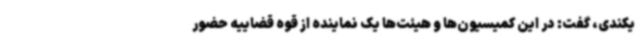
یکندی، گفت: در این کمیسیون‌ها و هیئت‌ها یک نماینده از قوه قضاییه حضور